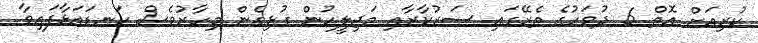
ކުރިއަށް އޮތް 6 ދުވަހުގެ ތެރޭގައި ސަރުކާރާއި މަޖިލީހުން ގުޅިގެން މިހާރުވެސް ކަނޑައަޅާފައިވާ